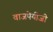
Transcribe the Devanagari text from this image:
वाजपेयीजी